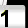
Digit: 1